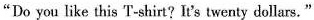
"Do you like this T-shirt? It's twenty dollars."